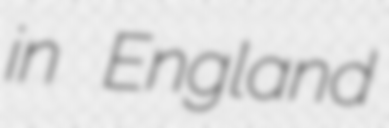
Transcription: in England